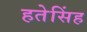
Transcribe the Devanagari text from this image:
हतेसिंह